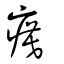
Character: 瘼